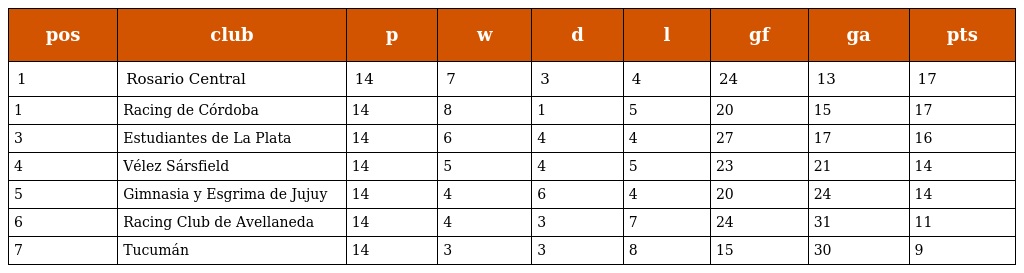
| pos | club | p | w | d | l | gf | ga | pts |
 | --- | --- | --- | --- | --- | --- | --- | --- | --- |
 | 1 | Rosario Central | 14 | 7 | 3 | 4 | 24 | 13 | 17 |
 | 1 | Racing de Córdoba | 14 | 8 | 1 | 5 | 20 | 15 | 17 |
 | 3 | Estudiantes de La Plata | 14 | 6 | 4 | 4 | 27 | 17 | 16 |
 | 4 | Vélez Sársfield | 14 | 5 | 4 | 5 | 23 | 21 | 14 |
 | 5 | Gimnasia y Esgrima de Jujuy | 14 | 4 | 6 | 4 | 20 | 24 | 14 |
 | 6 | Racing Club de Avellaneda | 14 | 4 | 3 | 7 | 24 | 31 | 11 |
 | 7 | Tucumán | 14 | 3 | 3 | 8 | 15 | 30 | 9 |